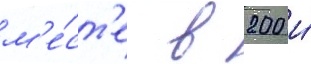
м'е́ст'е в 200 и́